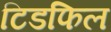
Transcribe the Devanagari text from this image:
टिडफिल